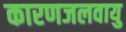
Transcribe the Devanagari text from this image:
कारणजलवायु